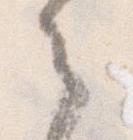
之